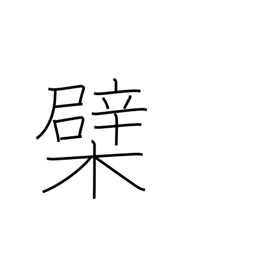
Meaning: Amur or Chinese cork tree